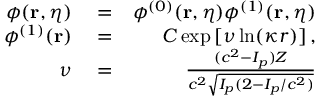
\begin{array} { r l r } { \phi ( \mathbf { r } , \eta ) } & { { } = } & { \phi ^ { ( 0 ) } ( \mathbf { r } , \eta ) \phi ^ { ( 1 ) } ( \mathbf { r } , \eta ) } \\ { \phi ^ { ( 1 ) } ( \mathbf { r } ) } & { { } = } & { { \cal C } \exp \left[ \nu \ln ( \kappa r ) \right] , } \\ { \nu } & { { } = } & { \frac { ( c ^ { 2 } - I _ { p } ) Z } { c ^ { 2 } \sqrt { I _ { p } ( 2 - I _ { p } / c ^ { 2 } ) } } } \end{array}